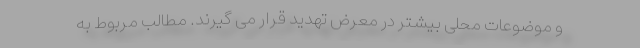
و موضوعات محلی بیشتر در معرض تهدید قرار می گیرند. مطالب مربوط به